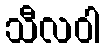
သီလဝါ